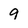
Character: 9